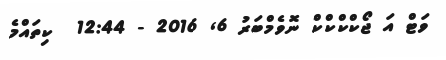
ވަޓް އަ ޖޯކްކްކްކް ނޮވެމްބަރު 6